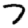
Digit: 7